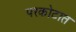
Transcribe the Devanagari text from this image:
परकोटात